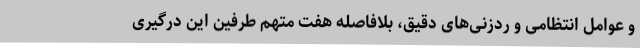
و عوامل انتظامی و رَدزنی‌های دقیق، بلافاصله هفت متهم طرفین این درگیری